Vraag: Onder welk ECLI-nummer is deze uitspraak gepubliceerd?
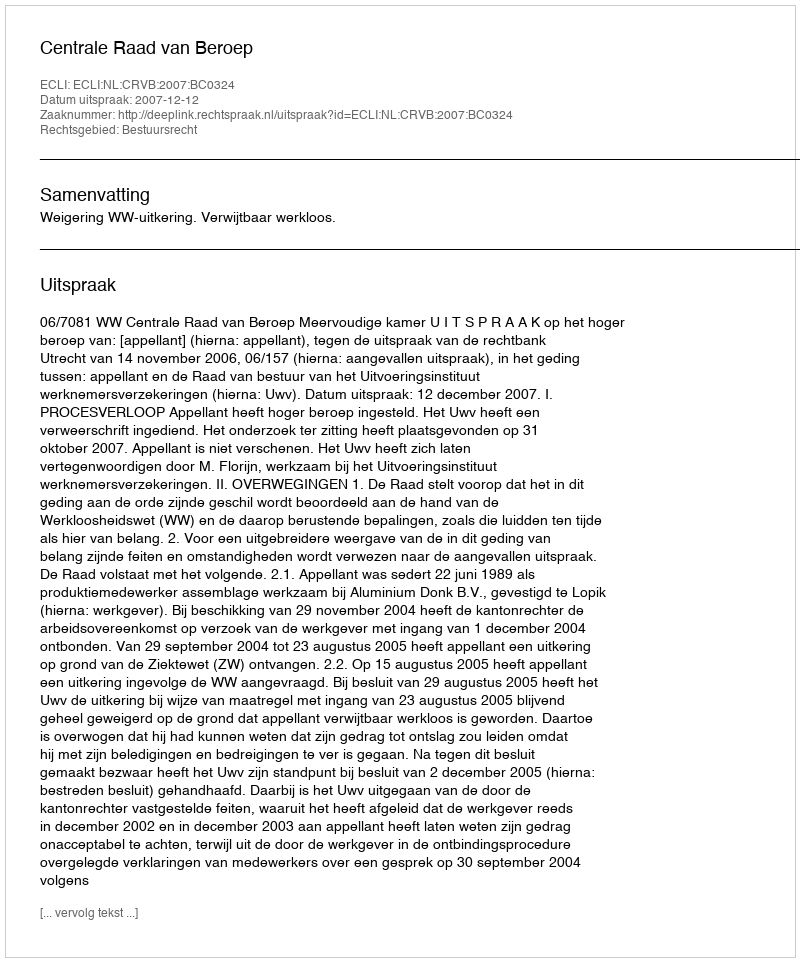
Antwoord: ECLI:NL:CRVB:2007:BC0324